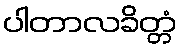
ပါတာလခိတ္တံ